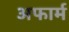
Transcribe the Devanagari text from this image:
अफार्म